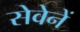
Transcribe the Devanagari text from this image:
सेवेनें